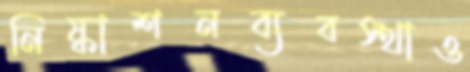
নিষ্কাশনব্যবস্থাও